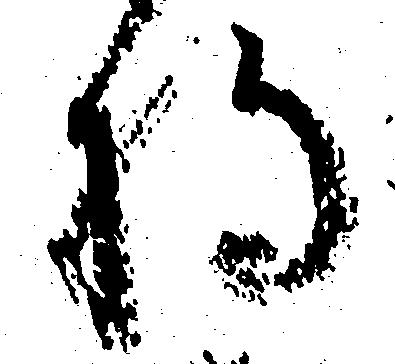
将